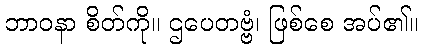
ဘာဝနာ စိတ်ကို။ ဌပေတဗ္ဗံ၊ ဖြစ်စေ အပ်၏။